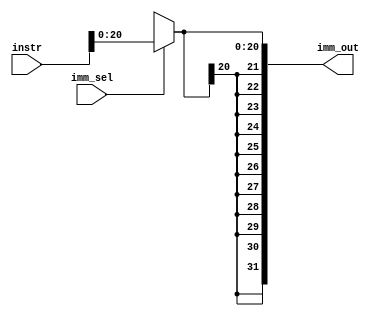
`timescale 1ns / 1ps
//////////////////////////////////////////////////////////////////////////////////
// Company: 
// Engineer: 
// 
// Design Name: 
// Module Name:    imm_gen 
// Project Name: 
// Target Devices: 
// Tool versions: 
// Description: 
//
// Dependencies: 
//
// Revision: 
// Revision 0.01 - File Created
// Additional Comments: 
//
//////////////////////////////////////////////////////////////////////////////////
module imm_gen(
	input wire [31:0] instr,
	input wire imm_sel,
	output wire [31:0] imm_out
    );
	reg [20:0] imm_int;
	always@(*)
		begin
		if(imm_sel)
			begin
			imm_int = instr[20:0];
			end
		else
			begin
			imm_int = 21'bx;
			end
		end
	assign imm_out = {{11{imm_int[20]}}, imm_int[20:0]};
			

endmodule